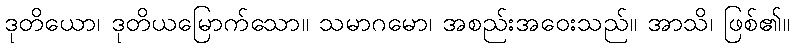
ဒုတိယော၊ ဒုတိယမြောက်သော။ သမာဂမော၊ အစည်းအဝေးသည်။ အာသိ၊ ဖြစ်၏။